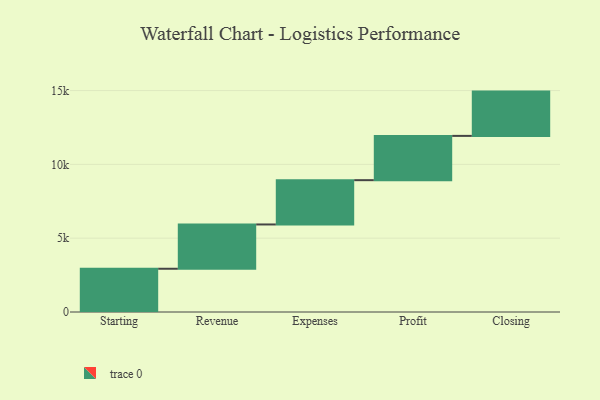
{"axis": {"x": "Step", "y": "Value"}, "legend": [""], "data": [{"x": "Starting", "y": 2930.0, "type": ""}, {"x": "Revenue", "y": 3000, "type": ""}, {"x": "Expenses", "y": 3000, "type": ""}, {"x": "Profit", "y": 3000, "type": ""}, {"x": "Closing", "y": 3000, "type": ""}]}